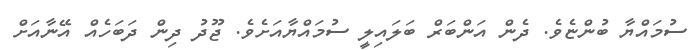
ސުމައްޔާ ބުންޏެވެ. ދެން އަންބަރް ބަލައިލީ ސުމައްޔާއަށެވެ. ޖޫދު ދިން ދަބަހެއް އޭނާއަށް